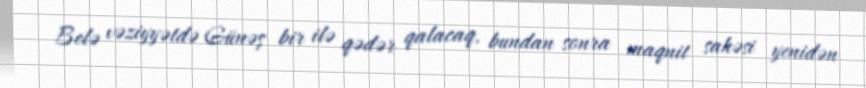
Belə vəziyyətdə Günəş bir ilə qədər qalacaq, bundan sonra maqnit sahəsi yenidən